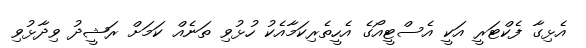
އެޅިގާ ފެކްޓަރީ އަކީ އެސްޓީއޯގެ އެހީތެރިކަމާއެކު ހުޅުވި ތަނެއް ކަމަށް ރަޝީދު ވިދާޅުވި